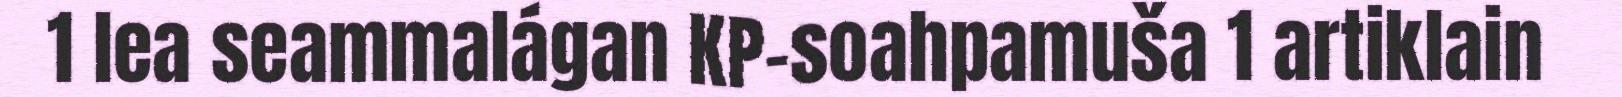
1 lea seammalágan KP-soahpamuša 1 artiklain